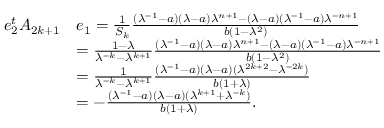
\begin{array} { r l } { e _ { 2 } ^ { t } A _ { 2 k + 1 } } & { e _ { 1 } = \frac { 1 } { S _ { k } } \frac { ( \lambda ^ { - 1 } - a ) ( \lambda - a ) \lambda ^ { n + 1 } - ( \lambda - a ) ( \lambda ^ { - 1 } - a ) \lambda ^ { - n + 1 } } { b ( 1 - \lambda ^ { 2 } ) } } \\ & { = \frac { 1 - \lambda } { \lambda ^ { - k } - \lambda ^ { k + 1 } } \frac { ( \lambda ^ { - 1 } - a ) ( \lambda - a ) \lambda ^ { n + 1 } - ( \lambda - a ) ( \lambda ^ { - 1 } - a ) \lambda ^ { - n + 1 } } { b ( 1 - \lambda ^ { 2 } ) } } \\ & { = \frac { 1 } { \lambda ^ { - k } - \lambda ^ { k + 1 } } \frac { ( \lambda ^ { - 1 } - a ) ( \lambda - a ) ( \lambda ^ { 2 k + 2 } - \lambda ^ { - 2 k } ) } { b ( 1 + \lambda ) } } \\ & { = - \frac { ( \lambda ^ { - 1 } - a ) ( \lambda - a ) ( \lambda ^ { k + 1 } + \lambda ^ { - k } ) } { b ( 1 + \lambda ) } . } \end{array}